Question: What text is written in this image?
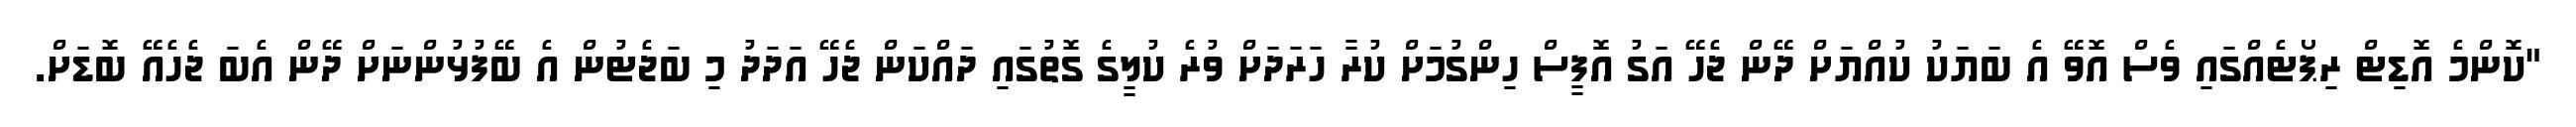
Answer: "ކޮންމެ އޮޑިޓް ރިޕޯޓެއްގައި ވެސް އޮވޭ އެ ބަޔަކު ކުއްޔަށް ދޭން ޖެހޭ އަގު އޮފީސް ހިންގުމަށް ކުރާ ހަރަދަށް ވުރެ ކުލީގެ ގޮތުގައި ދައްކަން ޖެހޭ އަދަދު މި ބަޖެޓުން އެ ބޭފުޅުންނަށް ދޭން އެބަ ޖެހެއޭ ބޮޑަށް.